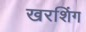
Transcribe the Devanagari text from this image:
खरशिंग